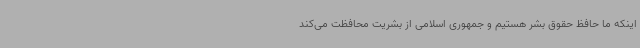
اینکه ما حافظ حقوق بشر هستیم و جمهوری اسلامی از بشریت محافظت می‌کند